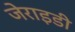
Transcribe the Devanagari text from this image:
जेराइडी